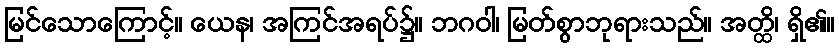
မြင်သောကြောင့်။ ယေန၊ အကြင်အရပ်၌။ ဘဂဝါ၊ မြတ်စွာဘုရားသည်။ အတ္ထိ၊ ရှိ၏။